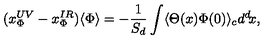
( x _ { \Phi } ^ { U V } - x _ { \Phi } ^ { I R } ) \langle \Phi \rangle = - { \frac { 1 } { S _ { d } } } \int \langle \Theta ( x ) \Phi ( 0 ) \rangle _ { c } d ^ { d } \! x ,